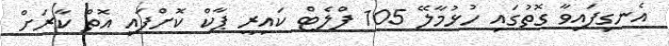
އެނގިފައިވާ ގޮތުގައި ހުޅުމާލޭ 105 ފްލެޓް ކައިރީ ޕާކް ކޮށްފައި އޮތް ކާރަށް